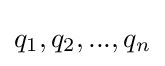
q_{1},q_{2},...,q_{n}